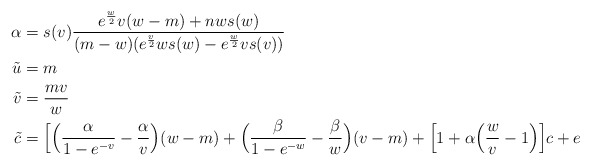
\begin{align*}\alpha & = {s(v)}{e^{w\over2}v(w-m)+nws(w)\over (m-w)(e^{v\over2}ws(w)-e^{w\over2}vs(v))} \cr\tilde u & = m \cr\tilde v & = {mv\over w} \cr\tilde c & = \Big[\Big({\alpha\over 1-e^{-v}}-{\alpha\over v}\Big)(w-m) +\Big({\beta\over 1-e^{-w}}-{\beta\over w}\Big)(v-m)+\Big[1+\alpha\Big({w\over v}-1\Big)\Big]c+e \end{align*}